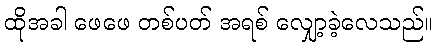
ထိုအခါ ဖေဖေ တစ်ပတ် အရစ် လျှော့ခဲ့လေသည်။